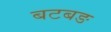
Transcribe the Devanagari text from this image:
बटबङ